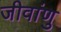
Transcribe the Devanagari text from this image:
जीवांणु